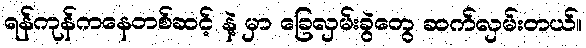
ရန်ကုန်ကနေတစ်ဆင့် နဲ့ မှာ ခြေလှမ်းခွဲတွေ ဆက်လှမ်းတယ်။